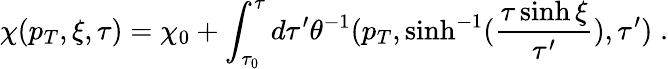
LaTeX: \chi(p_{T},\xi,\tau)=\chi_{0}+\int_{\tau_{0}}^{\tau}d\tau^{\prime}\theta^{-1}(p_{T},\sinh^{-1}(\frac{\tau\sinh\xi}{\tau^{\prime}}),\tau^{\prime})\; .